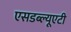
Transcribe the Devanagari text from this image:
एसडब्ल्यूएटी